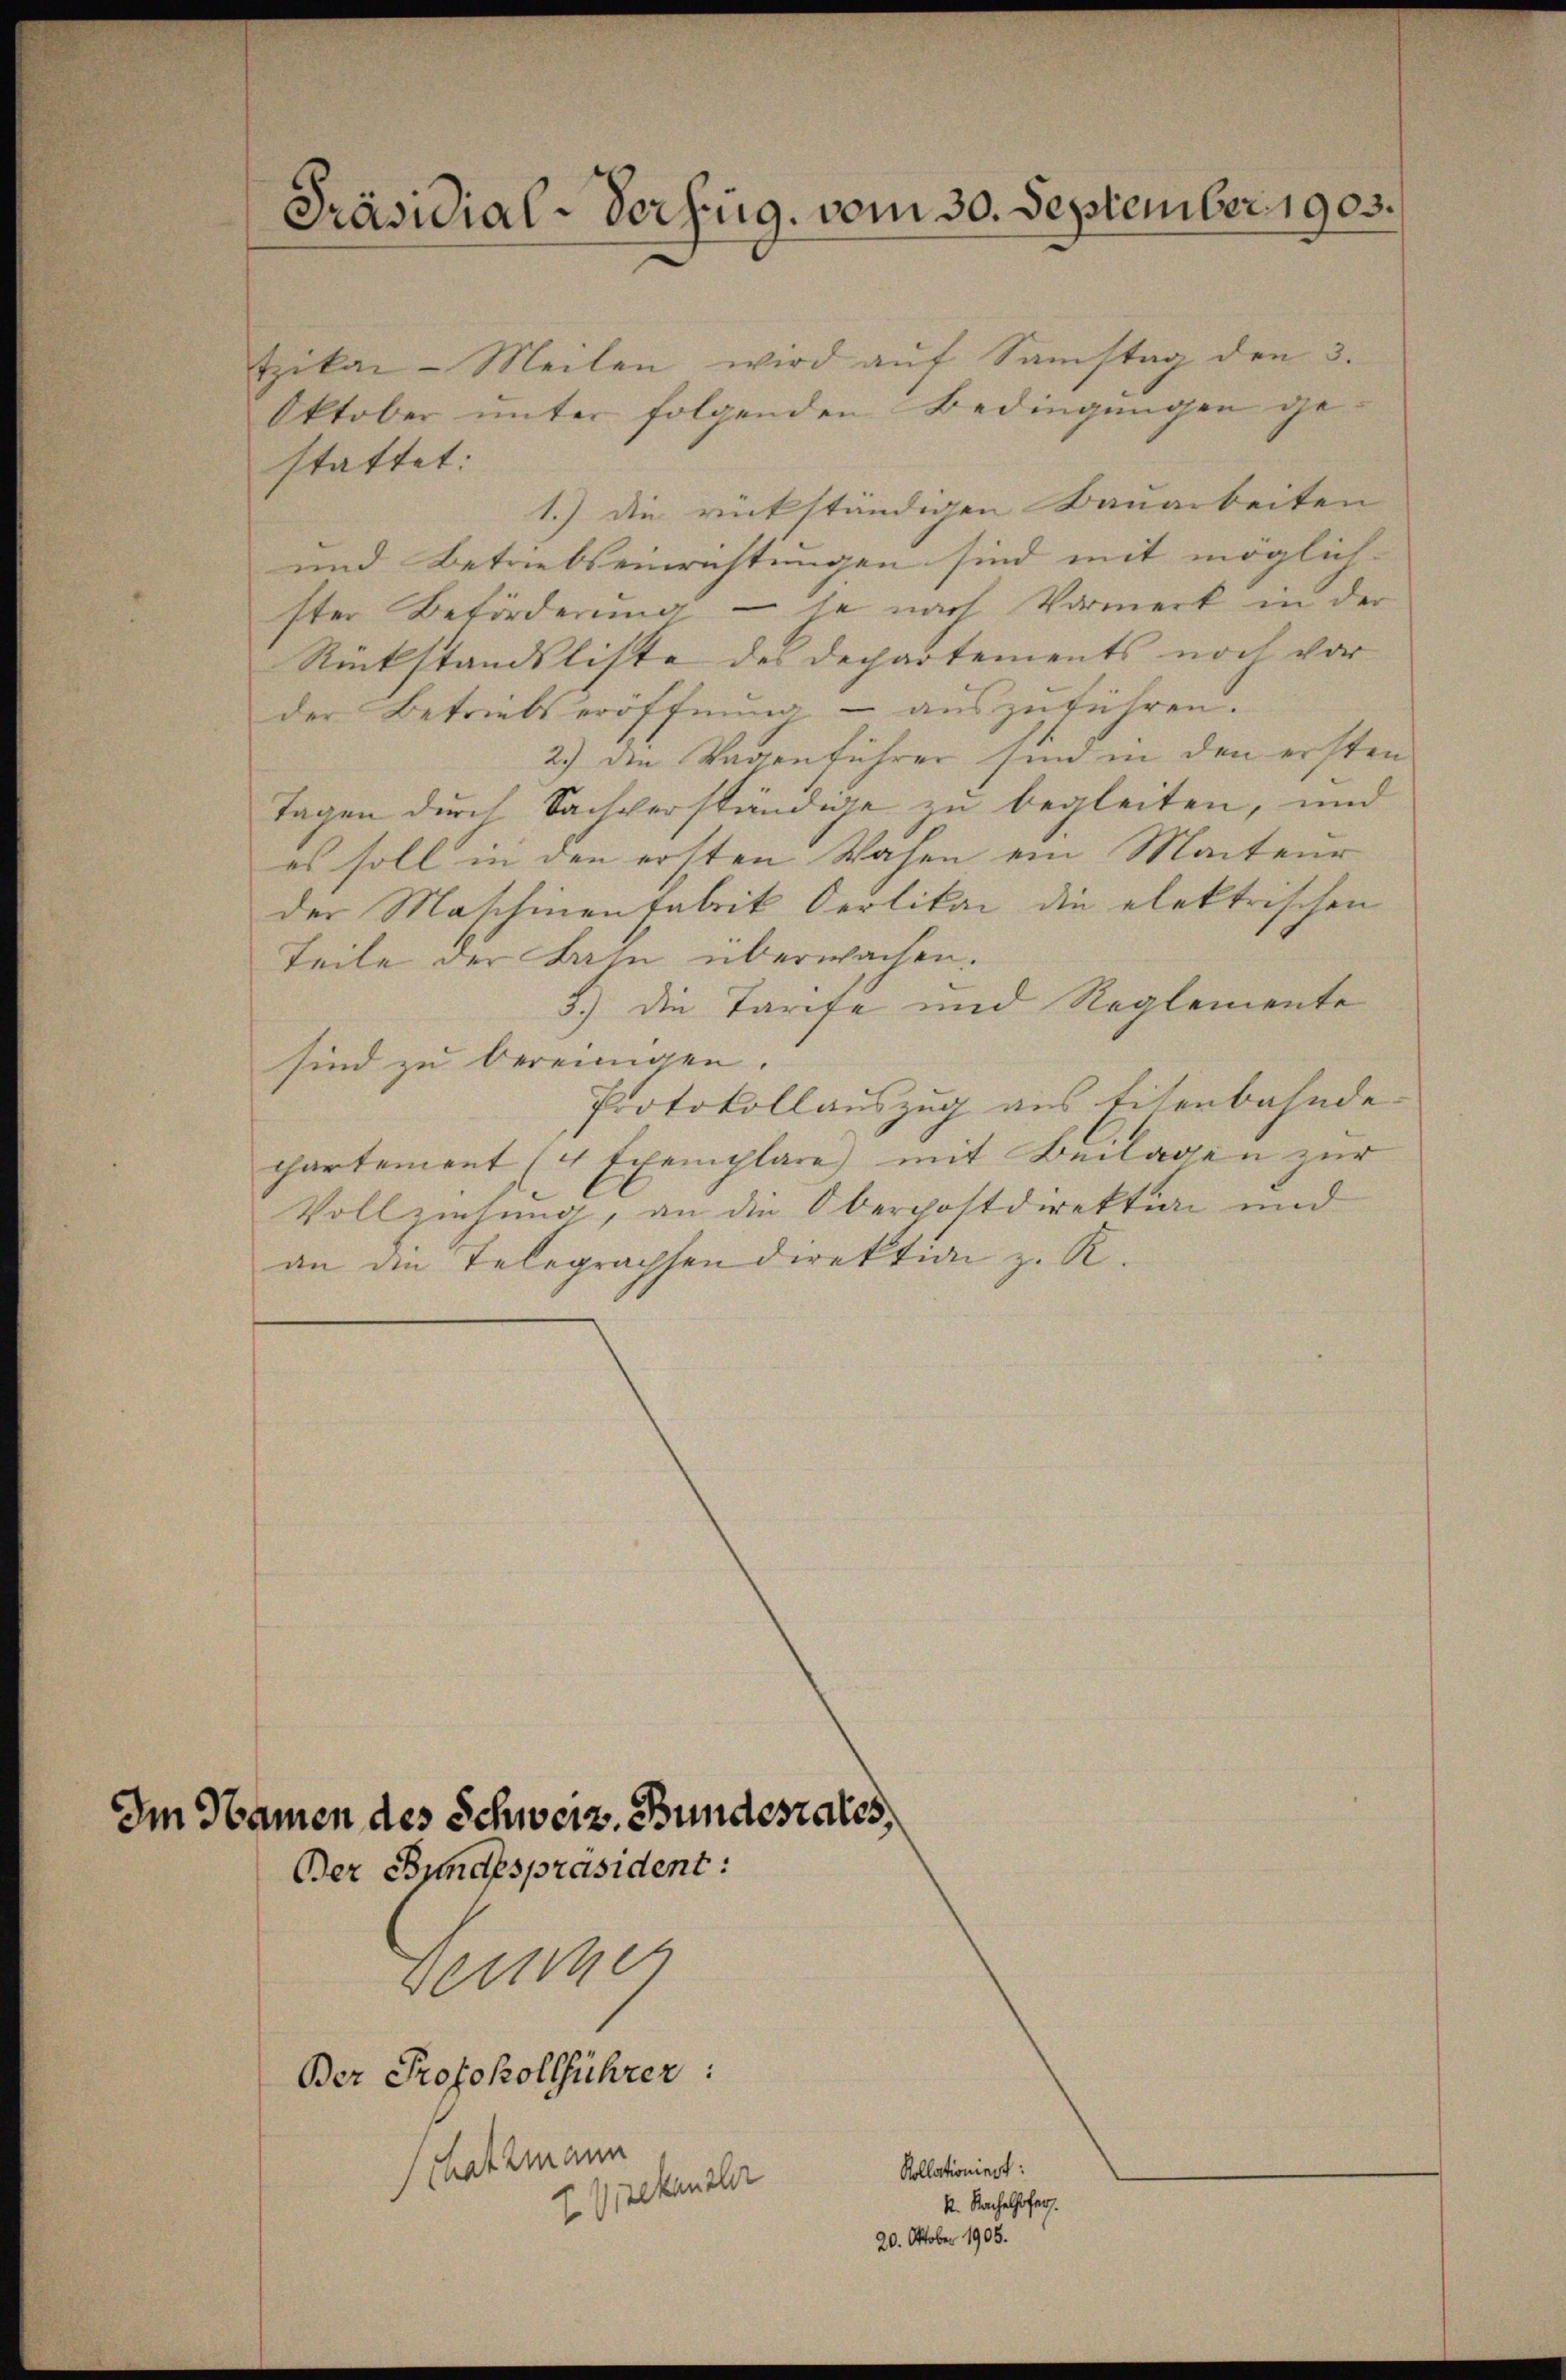
Im Namen des Schweiz. Bundesrates,
Der Bundespräsident:

Präsidial-Verfüg, vom 30. September 1903.

tikai-Meilen wird aŭf Samstag den 3.
Oktober unter folgenden Bedingungen gestattet:
1.) Die rückständigen Bauarbeiten
und Betriebseinrichtungen sind mit möglich-
ster Beförderung — je nach Vormerk in der
Rückstandsliste des Departements noch vor
der Betriebseröffnung – auszuführen.
2.) Die Wagenführer sind in den ersten
Tagen durch Sachverständige zu begleiten, und
es soll in den ersten Wahen ein Macteur
der Maschinenfabrik Oerlikai die elektrischen
Teile der Bahn überwachen.
5.) Die Tarife und Reglemente
sind zu bereinigen.
Protokollauszug aus Eisenbahnde
chartement (4 Exemplare mit Beilagen zur
Vollziehung, an die Oberpostdirektion und
an die Telegrachsen direktion z. R.

Derche

Ber Protokollführer:
Schatzmann
EPisekanzler

Kollationiert:
k. Nachelhofer.
20. Oktober 1905.